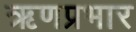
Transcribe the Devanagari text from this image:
ऋणप्रभार